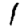
Digit: 1